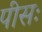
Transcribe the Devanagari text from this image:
पीसः